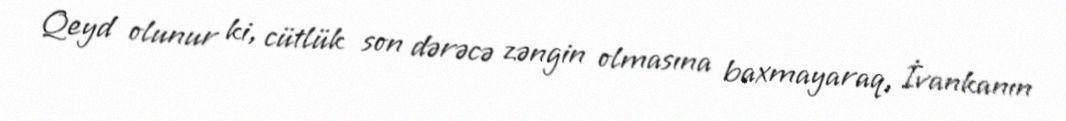
Qeyd olunur ki, cütlük son dərəcə zəngin olmasına baxmayaraq, İvankanın